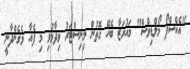
"އެކްސްޕޯ މޯލްޑިވްސް" މައުރަޒާ ބެހޭ ގޮތުން މިނިސްޓަރު ވިދާޅުވި މި ފެއާ ވެގެންދާނީ